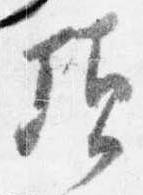
頃